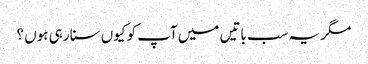
مگر یہ سب باتیں میں آپ کو کیوں سنا رہی ہوں ؟